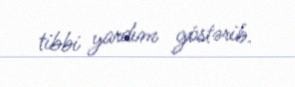
tibbi yardım göstərib.